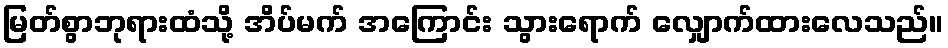
မြတ်စွာဘုရားထံသို့ အိပ်မက် အကြောင်း သွားရောက် လျှောက်ထားလေသည်။